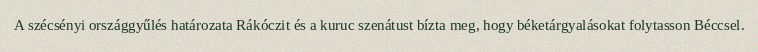
A szécsényi országgyűlés határozata Rákóczit és a kuruc szenátust bízta meg, hogy béketárgyalásokat folytasson Béccsel.